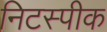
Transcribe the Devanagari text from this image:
निटस्पीक